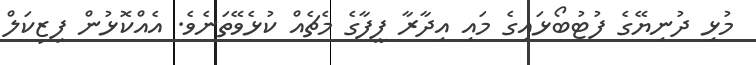
މުޅި ދުނިޔޭގެ ފުޓުބޯޅައިގެ މައި އިދާރާ ފީފާގެ މެޗެއް ކުޅެވޭތަނެވެ. އެއްކޮޅުން ފިޒިކަލް